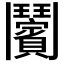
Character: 𩰝